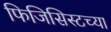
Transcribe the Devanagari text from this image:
फिजिसिस्टच्या